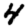
Digit: 4